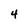
Character: 4